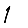
Digit: 1